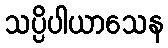
သပ္ပိပါယာသေန